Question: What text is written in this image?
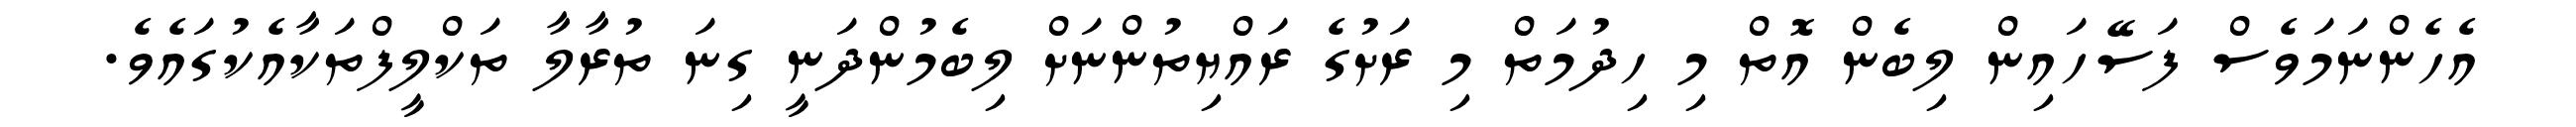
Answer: އެހެންނަމަވެސް ފަސޭހައިން ލިބެން އޮތް މި ހިދުމަތް މި ރަށުގެ ރައްޔިތުންނަށް ލިބެމުންދަނީ ގިނަ ތުރާލާ ތަކްލީފްތަކާއެކުގައެވެ.